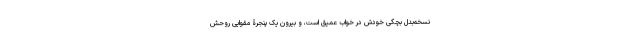
نسخه‌بدلِ بچگیِ خودش در خواب عمیق است، و بیرونِ یک پنجرۀ مقوایی روحش